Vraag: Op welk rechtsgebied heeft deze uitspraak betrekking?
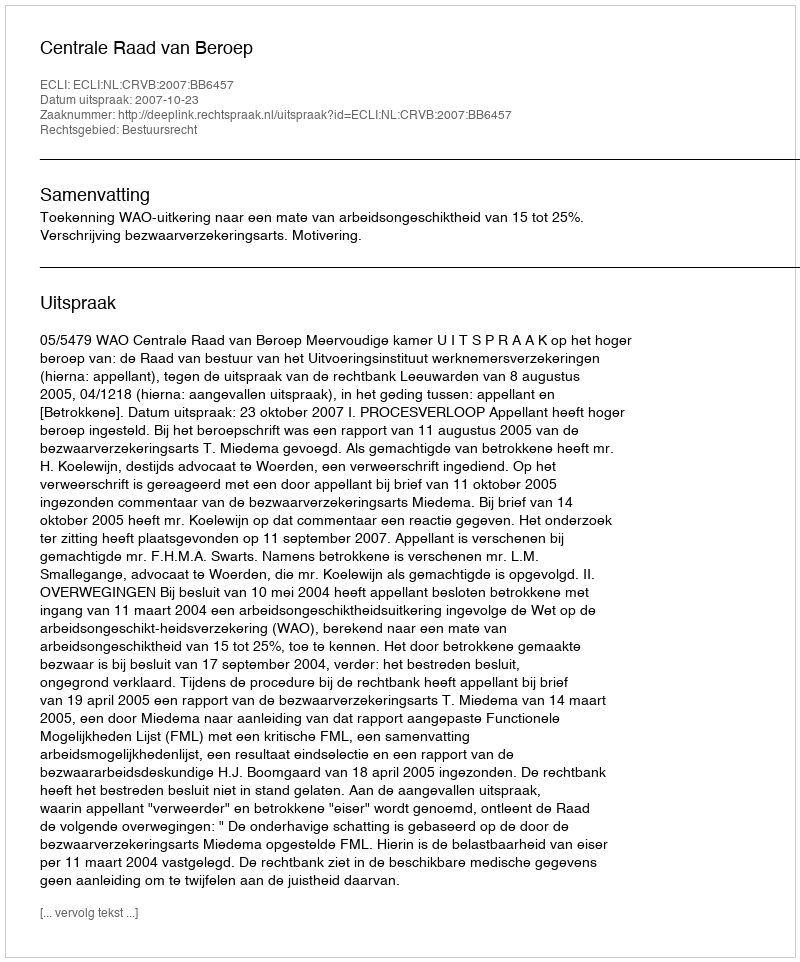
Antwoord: Bestuursrecht